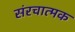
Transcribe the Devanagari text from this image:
संरचात्मक